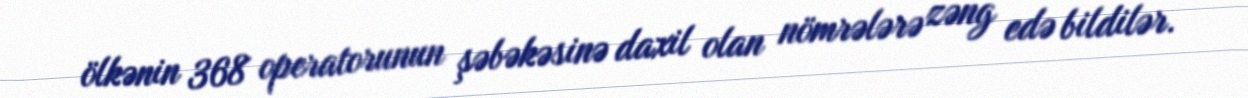
ölkənin 368 operatorunun şəbəkəsinə daxil olan nömrələrə zəng edə bildilər.